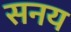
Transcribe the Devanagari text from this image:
सनय